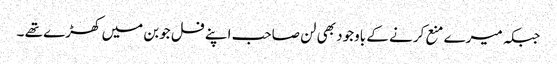
جبکہ میرے منع کرنے کے باوجود بھی لن صاحب اپنے فل جوبن میں کھڑے تھے ۔